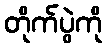
တိုက်ပွဲကို